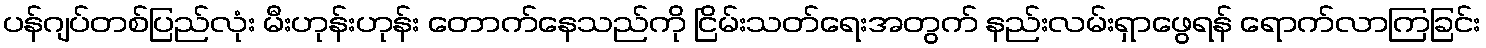
ပန်ဂျပ်တစ်ပြည်လုံး မီးဟုန်းဟုန်း တောက်နေသည်ကို ငြိမ်းသတ်ရေးအတွက် နည်းလမ်းရှာဖွေရန် ရောက်လာကြခြင်း